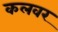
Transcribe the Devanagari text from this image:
कलवर